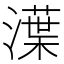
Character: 㵩